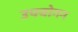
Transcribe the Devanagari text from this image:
उपयोगन